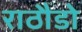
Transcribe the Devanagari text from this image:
राठौडो